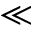
\ll